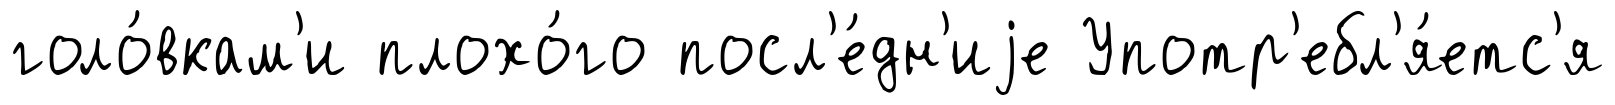
голо́вкам'и плохо́го посл'е́дн'иjе Употр'ебл'я́етс'я